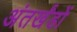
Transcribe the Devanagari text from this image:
अंतर्खंडों